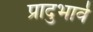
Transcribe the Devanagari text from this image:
प्रादुभार्व